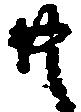
共